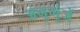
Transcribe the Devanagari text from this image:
अनुगूंजें